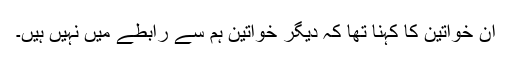
ان خواتین کا کہنا تھا کہ دیگر خواتین ہم سے رابطے میں نہیں ہیں۔